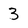
Character: 3